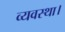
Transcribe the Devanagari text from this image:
व्‍यवस्‍था।